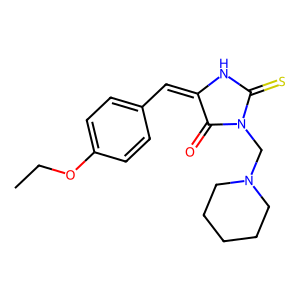
SMILES: CCOc1ccc(C=C2NC(=S)N(CN3CCCCC3)C2=O)cc1
Inhibits HIV replication: No